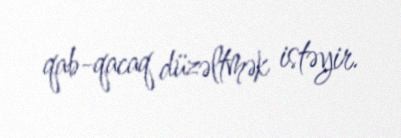
qab-qacaq düzəltmək istəyir.